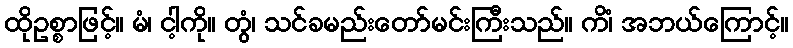
ထိုဥစ္စာဖြင့်။ မံ၊ ငါ့ကို။ တွံ၊ သင်ခမည်းတော်မင်းကြီးသည်။ ကိံ၊ အဘယ်ကြောင့်။